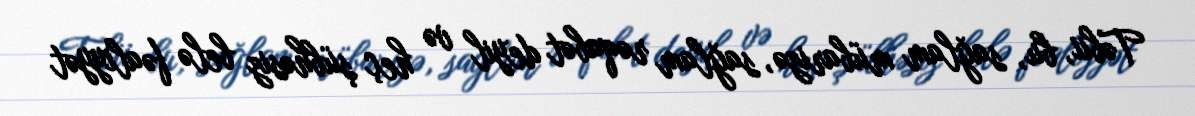
Təbii, bu, sağlam mübarizə, sağlam rəqabət deyil və heç şübhəsiz belə fəaliyyət